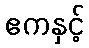
ဧကနှင့်